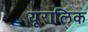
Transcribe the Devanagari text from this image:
यूरालिक